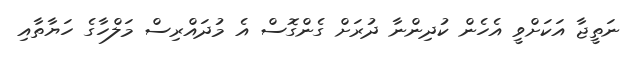
ނަތީޖާ އަކަށްވީ އެހެން ކުދިންނާ ދުރަށް ގެންގޮސް އެ މުދައްރިސް މަލްހާގެ ހަޔާތާއި